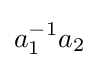
a_{1}^{-1}a_{2}